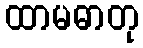
ထာမဓာတု